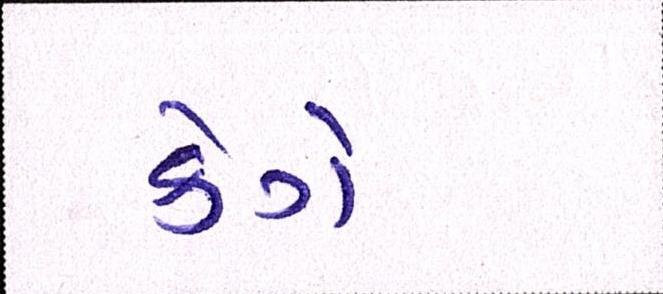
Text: કેગે